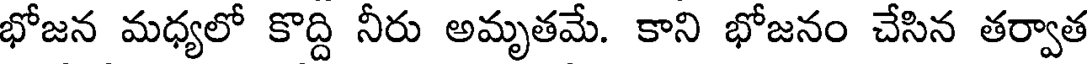
భోజన మధ్యలో కొద్ది నీరు అమృతమే. కాని భోజనం చేసిన తర్వాత